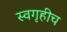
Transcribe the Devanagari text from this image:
स्वगृहीच